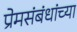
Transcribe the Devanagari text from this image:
प्रेमसंबंधांच्या